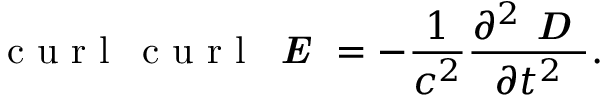
\mathrm { ~ c ~ u ~ r ~ l ~ } \, \mathrm { ~ c ~ u ~ r ~ l ~ } \, { \textbf { \em E } } = - \frac { 1 } { c ^ { 2 } } \frac { \partial ^ { 2 } { \textbf { \em D } } } { \partial t ^ { 2 } } .